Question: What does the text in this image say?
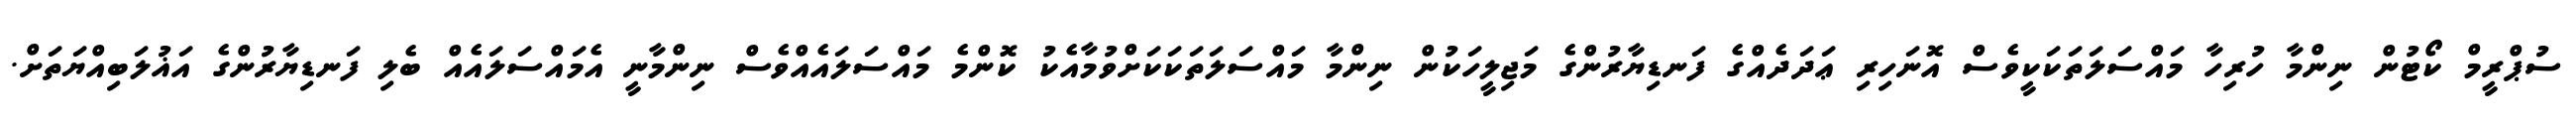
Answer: ސުޕްރީމް ކޯޓުން ނިންމާ ހުރިހާ މައްސަލަތަކަކީވެސް އޮނަހިރި ޢަދަދެއްގެ ފަނޑިޔާރުންގެ މަޖިލީހަކުން ނިންމާ މައްސަލަތަކަކަށްވުމާއެކު ކޮންމެ މައްސަލައެއްވެސް ނިންމާނީ އެމައްސަލައެއް ބެލި ފަނޑިޔާރުންގެ އަޣުލަބިއްޔަތަށް.